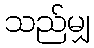
သည်မျှ